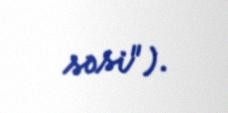
səsi").